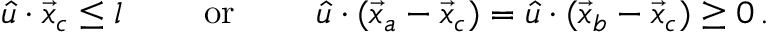
\begin{array} { c c c } { { \hat { u } \cdot \vec { x } _ { c } \leq l ~ ~ } } & { { ~ ~ \mathrm { o r } ~ ~ } } & { { ~ ~ \hat { u } \cdot ( \vec { x } _ { a } - \vec { x } _ { c } ) = \hat { u } \cdot ( \vec { x } _ { b } - \vec { x } _ { c } ) \geq 0 \, . } } \end{array}